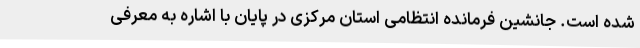
شده است. جانشین فرمانده انتظامی استان مرکزی در پایان با اشاره به معرفی